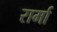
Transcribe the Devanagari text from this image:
रार्मा